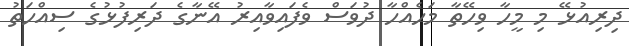
ދިރިއުޅޭ މި މީހާ ވިހޭތާ މަހެއްހާ ދުވަސް ވެފައިވާއިރު އޭނާގެ ދަރިފުޅުގެ ސިއްހަތު